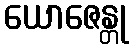
ယောဇေန္တု